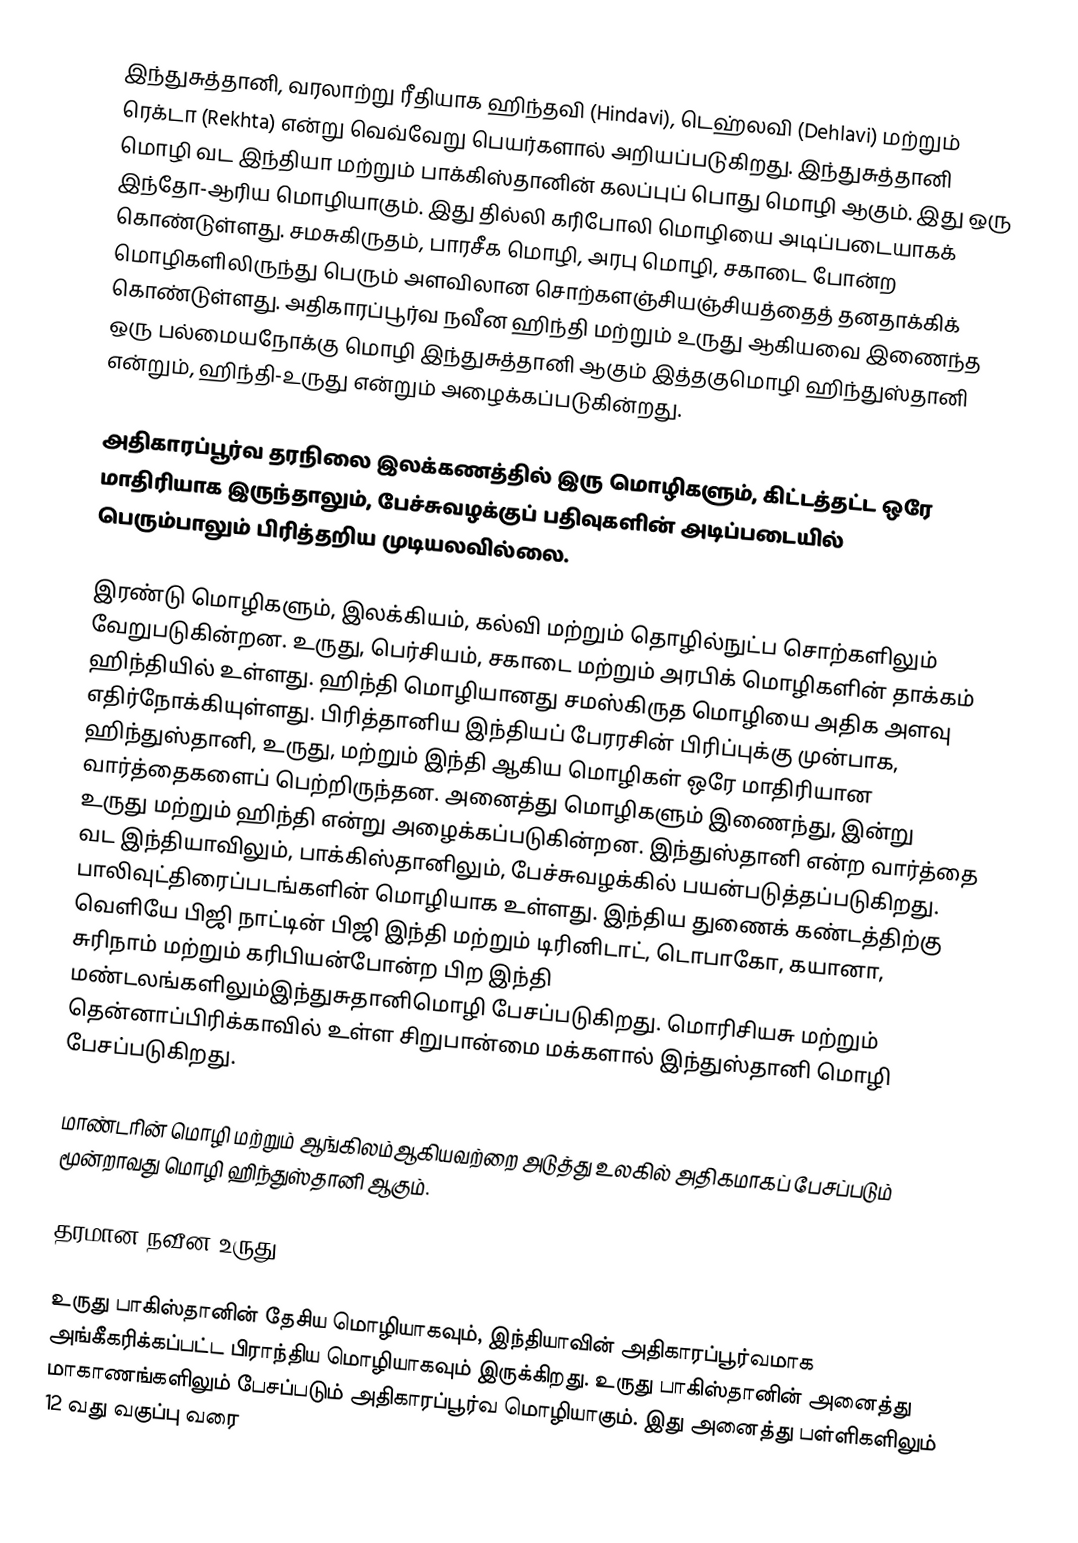
இந்துசுத்தானி, வரலாற்று ரீதியாக ஹிந்தவி (Hindavi), டெஹ்லவி (Dehlavi) மற்றும் ரெக்டா (Rekhta) என்று வெவ்வேறு பெயர்களால் அறியப்படுகிறது. இந்துசுத்தானி  மொழி வட இந்தியா மற்றும் பாக்கிஸ்தானின் கலப்புப் பொது மொழி ஆகும். இது ஒரு இந்தோ-ஆரிய மொழியாகும். இது தில்லி கரிபோலி மொழியை அடிப்படையாகக் கொண்டுள்ளது. சமசுகிருதம், பாரசீக மொழி, அரபு மொழி, சகாடை போன்ற மொழிகளிலிருந்து பெரும் அளவிலான சொற்களஞ்சியஞ்சியத்தைத் தனதாக்கிக் கொண்டுள்ளது.  அதிகாரப்பூர்வ நவீன ஹிந்தி மற்றும் உருது ஆகியவை இணைந்த  ஒரு பல்மையநோக்கு மொழி இந்துசுத்தானி ஆகும்  இத்தகுமொழி ஹிந்துஸ்தானி என்றும், ஹிந்தி-உருது என்றும் அழைக்கப்படுகின்றது.

அதிகாரப்பூர்வ தரநிலை இலக்கணத்தில் இரு மொழிகளும், கிட்டத்தட்ட ஒரே மாதிரியாக இருந்தாலும், பேச்சுவழக்குப் பதிவுகளின் அடிப்படையில் பெரும்பாலும் பிரித்தறிய முடியலவில்லை.

இரண்டு மொழிகளும், இலக்கியம், கல்வி மற்றும் தொழில்நுட்ப சொற்களிலும் வேறுபடுகின்றன. உருது, பெர்சியம், சகாடை மற்றும் அரபிக் மொழிகளின் தாக்கம் ஹிந்தியில் உள்ளது. ஹிந்தி மொழியானது சமஸ்கிருத மொழியை அதிக அளவு எதிர்நோக்கியுள்ளது.  பிரித்தானிய இந்தியப் பேரரசின் பிரிப்புக்கு முன்பாக, ஹிந்துஸ்தானி, உருது, மற்றும் இந்தி ஆகிய மொழிகள் ஒரே மாதிரியான வார்த்தைகளைப் பெற்றிருந்தன. அனைத்து மொழிகளும் இணைந்து, இன்று உருது மற்றும் ஹிந்தி என்று அழைக்கப்படுகின்றன.  இந்துஸ்தானி என்ற வார்த்தை வட இந்தியாவிலும், பாக்கிஸ்தானிலும், பேச்சுவழக்கில் பயன்படுத்தப்படுகிறது. பாலிவுட்திரைப்படங்களின் மொழியாக உள்ளது. இந்திய துணைக் கண்டத்திற்கு வெளியே பிஜி நாட்டின் பிஜி இந்தி மற்றும் டிரினிடாட், டொபாகோ, கயானா, சுரிநாம் மற்றும் கரிபியன்போன்ற பிற இந்தி மண்டலங்களிலும்இந்துசுதானிமொழி பேசப்படுகிறது. மொரிசியசு மற்றும் தென்னாப்பிரிக்காவில் உள்ள சிறுபான்மை மக்களால் இந்துஸ்தானி மொழி பேசப்படுகிறது.

மாண்டரின் மொழி மற்றும் ஆங்கிலம்ஆகியவற்றை அடுத்து உலகில் அதிகமாகப் பேசப்படும் மூன்றாவது மொழி ஹிந்துஸ்தானி ஆகும்.

தரமான நவீன உருது

உருது பாகிஸ்தானின் தேசிய மொழியாகவும், இந்தியாவின் அதிகாரப்பூர்வமாக அங்கீகரிக்கப்பட்ட பிராந்திய மொழியாகவும் இருக்கிறது. உருது பாகிஸ்தானின் அனைத்து மாகாணங்களிலும் பேசப்படும் அதிகாரப்பூர்வ மொழியாகும். இது அனைத்து பள்ளிகளிலும் 12 வது வகுப்பு வரை